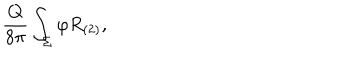
\frac { Q } { 8 \pi } \int _ { \Sigma } \varphi R _ { ( 2 ) } ,